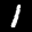
Label: 1